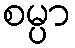
စမ္ပာ